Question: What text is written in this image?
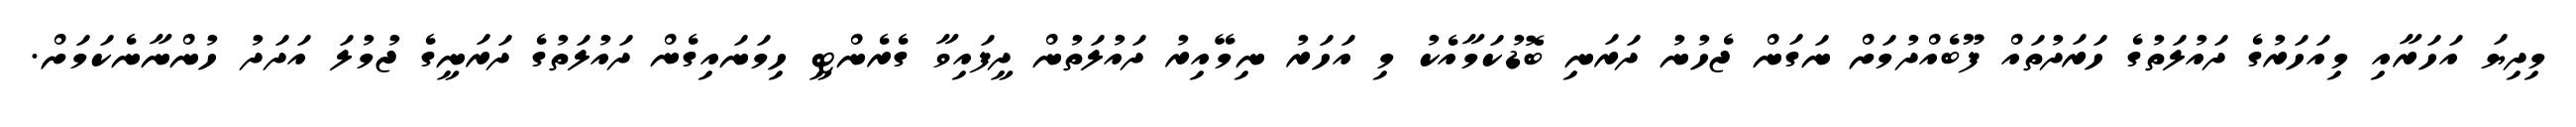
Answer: މިދިޔަ އަހަރާއި މިއަހަރުގެ ދައުލަތުގެ ހަރަދުތައް ފޫބެއްދުމަށް ނަގަން ޖެހުނު ދަރަނި ބޮޑުކަމާއެކު މި އަހަރު ނިމޭއިރު ދައުލަތުން ދީފައިވާ ގެރެންޓީ ހިމަނައިގެން ދައުލަތުގެ ދަރަނީގެ ޖުމުލަ އަދަދު ހުންނާނެކަމަށް.